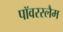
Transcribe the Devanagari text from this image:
पॉवरस्लैम